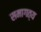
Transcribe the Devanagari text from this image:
समागत्य